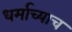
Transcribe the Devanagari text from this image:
धर्माच्याच